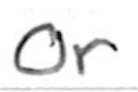
Text: or
Cross-out: clean
Writing tool: ballpoint